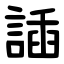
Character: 䛽